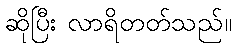
ဆိုပြီး လာရိတတ်သည်။